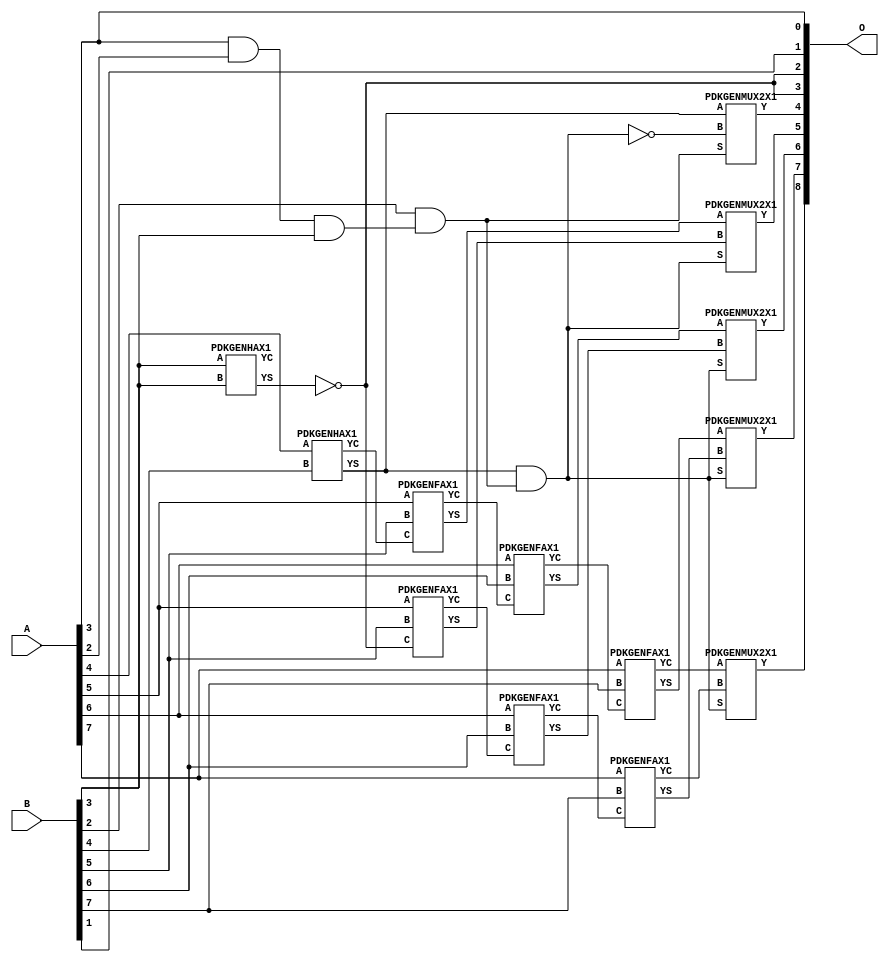
// This program was cloned from: https://github.com/ehw-fit/evoapproxlib
// License: MIT License

/***
* This code is a part of EvoApproxLib library (ehw.fit.vutbr.cz/approxlib) distributed under The MIT License.
* When used, please cite the following article(s): V. Mrazek, Z. Vasicek and R. Hrbacek, "Role of circuit representation in evolutionary design of energy-efficient approximate circuits" in IET Computers & Digital Techniques, vol. 12, no. 4, pp. 139-149, 7 2018. doi: 10.1049/iet-cdt.2017.0188 
* This file contains a circuit from a sub-set of pareto optimal circuits with respect to the pwr and wce parameters
***/
// MAE% = 0.88 %
// MAE = 4.5 
// WCE% = 2.34 %
// WCE = 12 
// WCRE% = 1100.00 %
// EP% = 93.75 %
// MRE% = 2.54 %
// MSE = 30 
// PDK45_PWR = 0.016 mW
// PDK45_AREA = 53.0 um2
// PDK45_DELAY = 0.42 ns

module add8u_1DK(A, B, O);
  input [7:0] A, B;
  output [8:0] O;
  wire n_304, n_411, n_410, n_23, n_22, n_21, n_20, n_27, n_26, n_25;
  wire n_24, n_262, n_29, n_28, n_263, n_240, n_82, n_346, n_389, n_388;
  wire n_284, n_285, n_326, n_38, n_127, n_126, n_220, n_241, n_347, n_221;
  wire n_8, n_9, n_368, n_159, n_4, n_5, n_6, n_7, n_0, n_1;
  wire n_2, n_3, n_30, n_31, n_117, n_18, n_19, n_16, n_17, n_14;
  wire n_15, n_12, n_13, n_10, n_11, n_158, n_45, n_94, n_95, n_44;
  wire n_178, n_179, n_136, n_137, n_305, n_116;
  assign n_0 = A[0];
  assign n_1 = A[0];
  assign n_2 = A[1];
  assign n_3 = A[1];
  assign n_4 = A[2];
  assign n_5 = A[2];
  assign n_6 = A[3];
  assign n_7 = A[3];
  assign n_8 = A[4];
  assign n_9 = A[4];
  assign n_10 = A[5];
  assign n_11 = A[5];
  assign n_12 = A[6];
  assign n_13 = A[6];
  assign n_14 = A[7];
  assign n_15 = A[7];
  assign n_16 = B[0];
  assign n_17 = B[0];
  assign n_18 = B[1];
  assign n_19 = B[1];
  assign n_20 = B[2];
  assign n_21 = B[2];
  assign n_22 = B[3];
  assign n_23 = B[3];
  assign n_24 = B[4];
  assign n_25 = B[4];
  assign n_26 = B[5];
  assign n_27 = B[5];
  assign n_28 = B[6];
  assign n_29 = B[6];
  assign n_30 = B[7];
  assign n_31 = B[7];
  assign n_38 = n_6 & n_4;
  PDKGENHAX1 tmp44(.YS(n_44), .YC(n_45), .A(n_22), .B(n_22));
  assign n_82 = n_38 & n_22;
  assign n_94 = n_20 & n_82;
  assign n_95 = n_94;
  PDKGENHAX1 tmp48(.YS(n_116), .YC(n_117), .A(n_8), .B(n_24));
  assign n_126 = ~n_44;
  assign n_127 = n_126;
  PDKGENFAX1 tmp51(.YS(n_136), .YC(n_137), .A(n_10), .B(n_26), .C(n_117));
  PDKGENFAX1 tmp52(.YS(n_158), .YC(n_159), .A(n_12), .B(n_28), .C(n_137));
  PDKGENFAX1 tmp53(.YS(n_178), .YC(n_179), .A(n_14), .B(n_30), .C(n_159));
  assign n_220 = ~(n_116 & n_95);
  assign n_221 = n_220;
  assign n_240 = ~n_221;
  assign n_241 = n_240;
  PDKGENFAX1 tmp58(.YS(n_262), .YC(n_263), .A(n_10), .B(n_26), .C(n_127));
  PDKGENFAX1 tmp59(.YS(n_284), .YC(n_285), .A(n_12), .B(n_28), .C(n_263));
  PDKGENFAX1 tmp60(.YS(n_304), .YC(n_305), .A(n_14), .B(n_30), .C(n_285));
  PDKGENMUX2X1 tmp61(.Y(n_326), .A(n_116), .B(n_220), .S(n_95));
  PDKGENMUX2X1 tmp62(.Y(n_346), .A(n_136), .B(n_262), .S(n_240));
  assign n_347 = n_346;
  PDKGENMUX2X1 tmp64(.Y(n_368), .A(n_158), .B(n_284), .S(n_240));
  PDKGENMUX2X1 tmp65(.Y(n_388), .A(n_178), .B(n_304), .S(n_241));
  assign n_389 = n_388;
  PDKGENMUX2X1 tmp67(.Y(n_410), .A(n_179), .B(n_305), .S(n_241));
  assign n_411 = n_410;
  assign O[0] = n_6;
  assign O[1] = n_18;
  assign O[2] = n_126;
  assign O[3] = n_127;
  assign O[4] = n_326;
  assign O[5] = n_347;
  assign O[6] = n_368;
  assign O[7] = n_389;
  assign O[8] = n_411;
endmodule

/* mod */
module PDKGENMUX2X1( input A, input B, input S, output Y );
    assign Y = (A & ~S) | (B & S);
endmodule
/* mod */
module PDKGENHAX1( input A, input B, output YS, output YC );
    assign YS = A ^ B;
    assign YC = A & B;
endmodule
/* mod */
module PDKGENFAX1( input A, input B, input C, output YS, output YC );
    assign YS = (A ^ B) ^ C;
    assign YC = (A & B) | (B & C) | (A & C);
endmodule